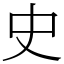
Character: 史